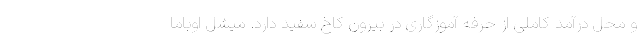
و محل درآمد کاملی از حرفه آموزگاری در بیرون کاخ سفید دارد. میشل اوباما